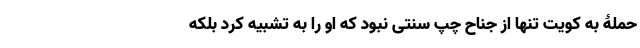
حملۀ به کویت تنها از جناح چپ سنتی نبود که او را به تشبیه کرد بلکه